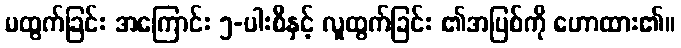
မထွက်ခြင်း အကြောင်း ၅-ပါးစီနှင့် လူထွက်ခြင်း ၏အပြစ်ကို ဟောထား၏။